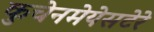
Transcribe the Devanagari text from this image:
कुचेनमेयेसटेरे